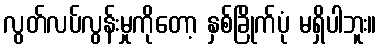
လွတ်လပ်လွန်းမှုကိုတော့ နှစ်ခြိုက်ပုံ မရှိပါဘူး။